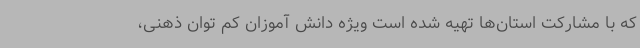
که با مشارکت استان‌ها تهیه شده است ویژه دانش آموزان کم توان ذهنی،